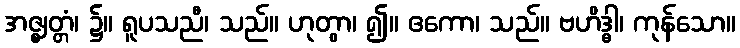
အဇ္ဈတ္တံ၊ ၌။ ရူပသညီ၊ သည်။ ဟုတွာ၊ ၍။ ဧကော၊ သည်။ ဗဟိဒ္ဓါ၊ ကုန်သော။